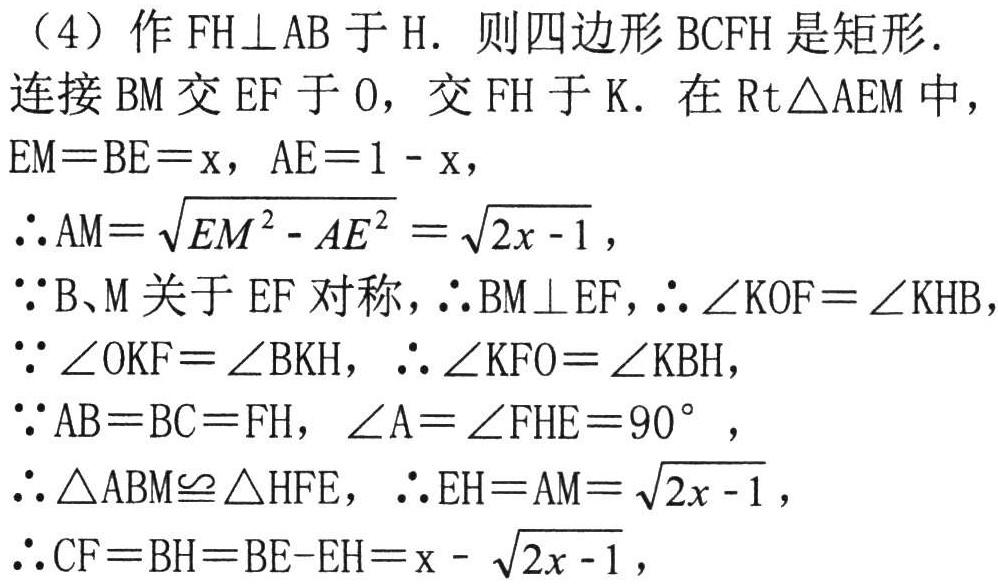
（4）作 \(FH\perp AB\) 于 \(H\). 则四边形 \(BCFH\) 是矩形.
连接 \(BM\) 交 \(EF\) 于 \(O\)，交 \(FH\) 于 \(K\). 在 \(Rt\triangle AEM\) 中，
\(EM = BE=x\)，\(AE = 1 - x\)，
\(\therefore AM=\sqrt{EM^{2}-AE^{2}}=\sqrt{2x - 1}\)，
\(\because B、M\) 关于 \(EF\) 对称，\(\therefore BM\perp EF\)，\(\therefore \angle KOF=\angle KHB\)，
\(\because \angle OKF=\angle BKH\)，\(\therefore \angle KFO=\angle KBH\)，
\(\because AB = BC = FH\)，\(\angle A=\angle FHE = 90^{\circ}\)，
\(\therefore \triangle ABM\cong\triangle HFE\)，\(\therefore EH = AM=\sqrt{2x - 1}\)，
\(\therefore CF = BH=BE - EH=x-\sqrt{2x - 1}\)，